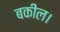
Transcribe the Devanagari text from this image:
बकील।